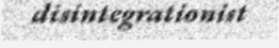
disintegrationist